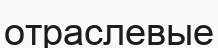
отраслевые